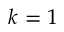
k = 1